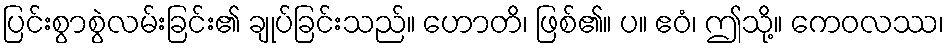
ပြင်းစွာစွဲလမ်းခြင်း၏ ချုပ်ခြင်းသည်။ ဟောတိ၊ ဖြစ်၏။ ပ။ ဧဝံ၊ ဤသို့။ ကေဝလဿ၊